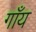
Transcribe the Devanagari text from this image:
गाँय